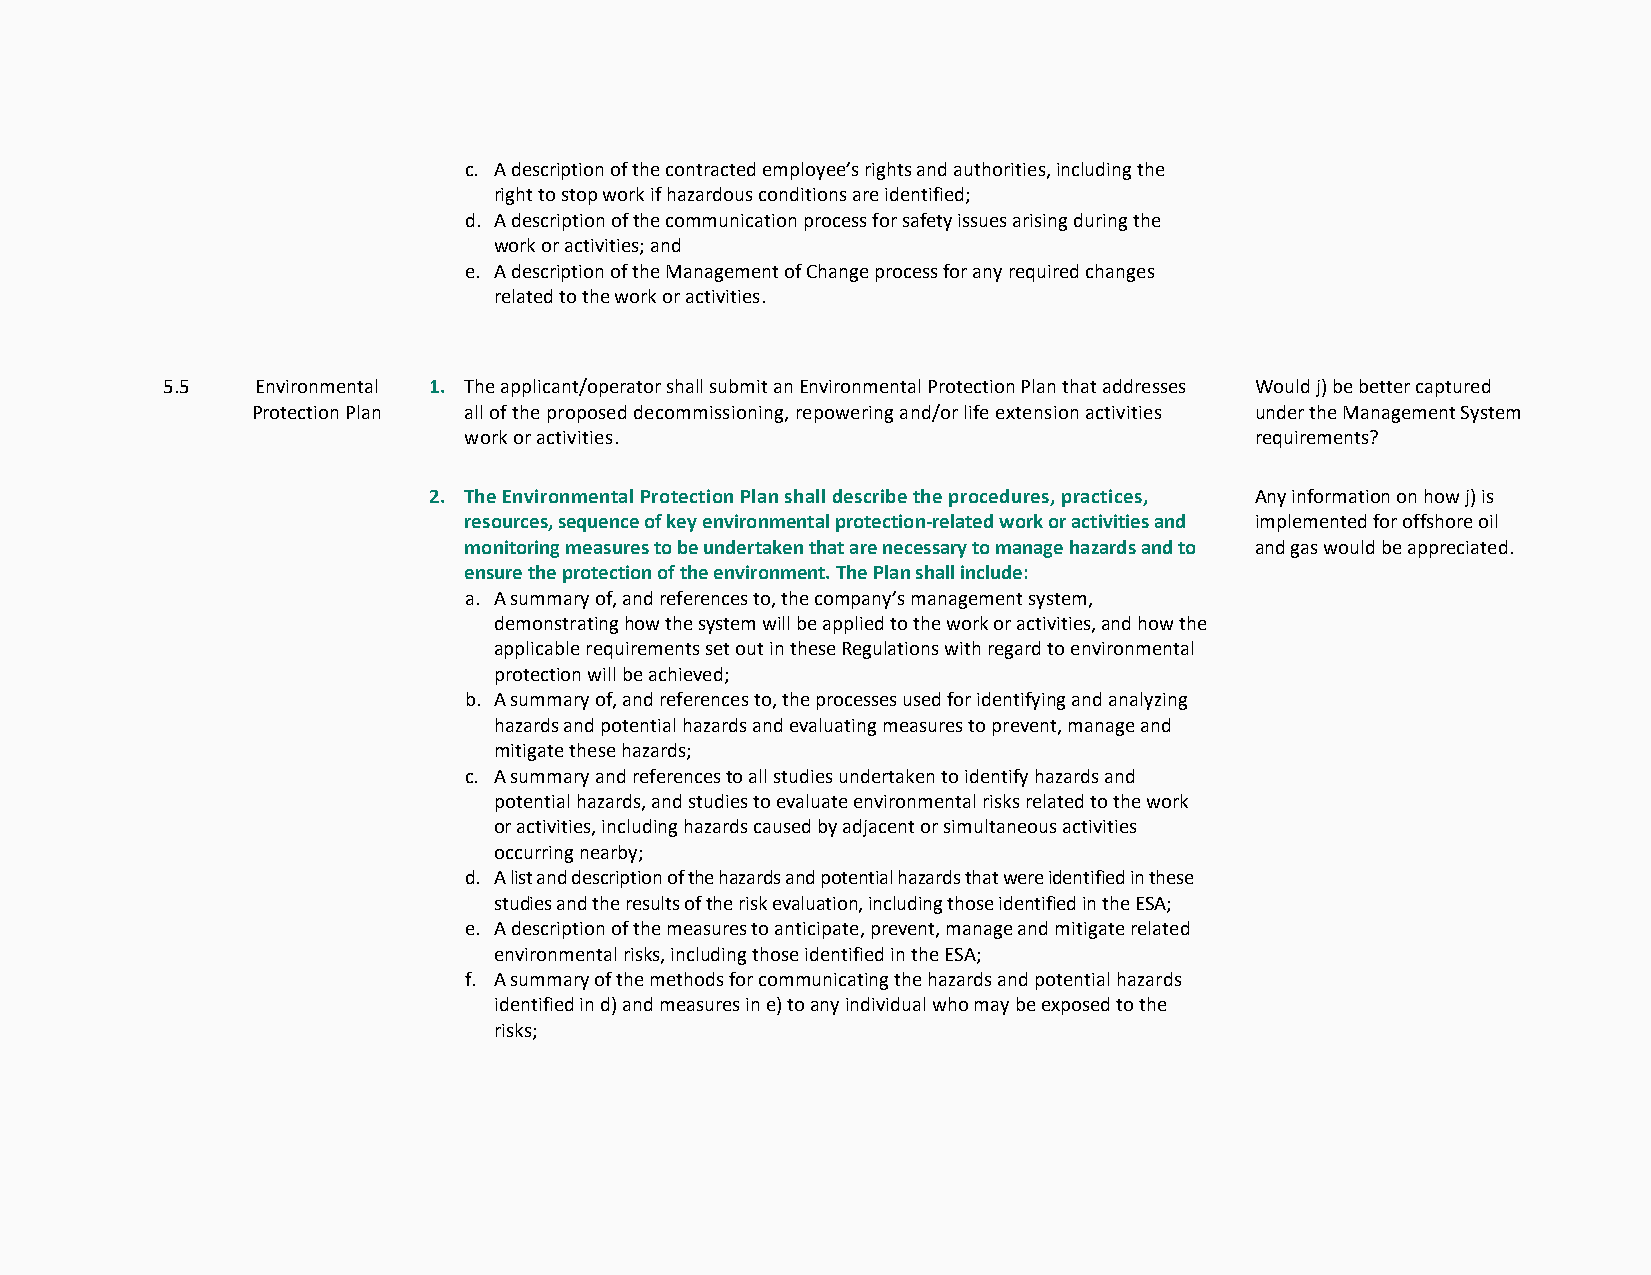
c. A description of the contracted employee’s rights and authorities, including the
 right to stop work if hazardous conditions are identified;
 d. A description of the communication process for safety issues arising during the
 work or activities; and
 e. A description of the Management of Change process for any required changes
 related to the work or activities.
 5.5   Environmental 1. The applicant/operator shall submit an Environmental Protection Plan that addresses Would j) be better captured
 Protection Plan all of the proposed decommissioning, repowering and/or life extension activities under the Management System
 work or activities.                                 requirements?
 2. The Environmental Protection Plan shall describe the procedures, practices, Any information on how j) is
 resources, sequence of key environmental protection-related work or activities and implemented for offshore oil
 monitoring measures to be undertaken that are necessary to manage hazards and to and gas would be appreciated.
 ensure the protection of the environment. The Plan shall include:
 a. A summary of, and references to, the company’s management system,
 demonstrating how the system will be applied to the work or activities, and how the
 applicable requirements set out in these Regulations with regard to environmental
 protection will be achieved;
 b. A summary of, and references to, the processes used for identifying and analyzing
 hazards and potential hazards and evaluating measures to prevent, manage and
 mitigate these hazards;
 c. A summary and references to all studies undertaken to identify hazards and
 potential hazards, and studies to evaluate environmental risks related to the work
 or activities, including hazards caused by adjacent or simultaneous activities
 occurring nearby;
 d. A list and description of the hazards and potential hazards that were identified in these
 studies and the results of the risk evaluation, including those identified in the ESA;
 e. A description of the measures to anticipate, prevent, manage and mitigate related
 environmental risks, including those identified in the ESA;
 f. A summary of the methods for communicating the hazards and potential hazards
 identified in d) and measures in e) to any individual who may be exposed to the
 risks;